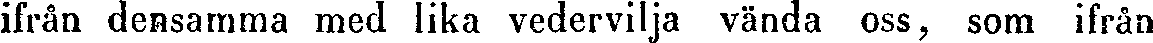
ifrån densamma med lika vedervilja vända oss, som ifrån